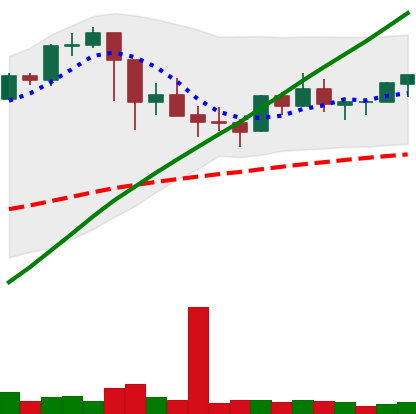
Ticker: BTC-USD
Chart end date: 2021-03-08
Forward return: 17.219%
Label: up_7plus